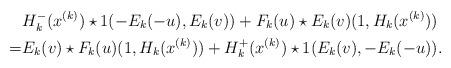
LaTeX: \begin{align*}&H_k^-(x^{(k)})\star1 (-E_k(-u), E_k(v))+ F_k(u)\star E_k(v) (1, H_k(x^{(k)}))\\=& E_k(v)\star F_k(u) (1, H_k(x^{(k)}))+H_k^+(x^{(k)})\star1 (E_k(v), -E_k(-u)). \end{align*}